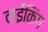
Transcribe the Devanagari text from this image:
वाईकिंग